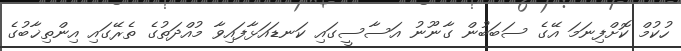
ހުކުމް ކޮށްފިނަމަ އޭގެ ސަބަބުން ގާނޫނު އަސާސީގައި ކަނޑައަޅާފައިވާ މުއްދަތުގެ ތެރޭގައި އިންތިޚާބުގެ